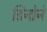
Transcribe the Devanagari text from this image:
डिनोने